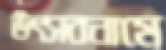
উৎসবনামে